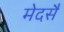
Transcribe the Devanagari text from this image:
मेदसैं